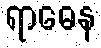
ရာဓေန